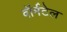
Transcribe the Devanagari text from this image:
वॉर्मटेल